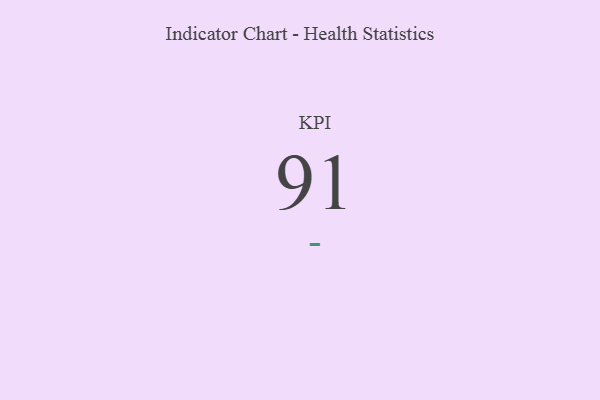
{"axis": {"x": "KPI", "y": "Value"}, "legend": [""], "data": [{"x": "KPI", "y": 91, "type": ""}]}